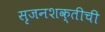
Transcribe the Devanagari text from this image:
सृजनशक्तीची